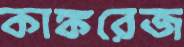
কাঙ্করেজ